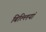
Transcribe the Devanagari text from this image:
बिल्‍लियां